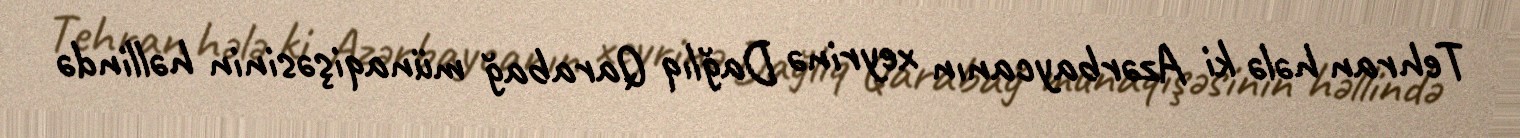
Tehran hələ ki Azərbaycanın xeyrinə Dağlıq Qarabağ münaqişəsinin həllində